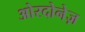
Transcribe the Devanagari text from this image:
ओरदोनेज़